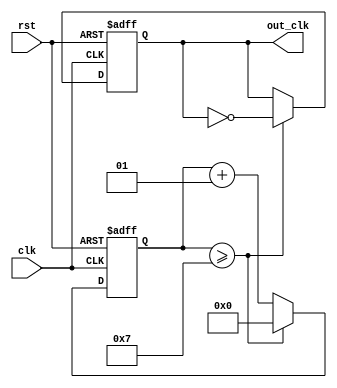
module frequency_divider
# (
	parameter N = 8
)(
	input wire clk,
	input wire rst,
	output reg out_clk
);

	integer counter;

	initial begin
		out_clk <= 0;
		counter <= 0;
	end

	always @(posedge clk or posedge rst) begin
		if (rst === 1) begin
			out_clk <= 0;
			counter <= 0;
		end else begin
			if (counter >= N-1) begin
				out_clk = ~out_clk;
				counter = 0;
			end else begin
				counter = counter + 1;
			end
		end
	end

endmodule